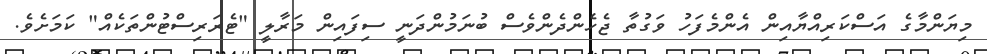
މިޔަންމާގެ އަސްކަރިއްޔާއިން އެންމެފަހު ވަގުތާ ޖެހެންދެންވެސް ބުނަމުންދަނީ ސިފައިން މަރާލީ "ޓެރަރިސްޓުންތަކެއް" ކަމަށެވެ.